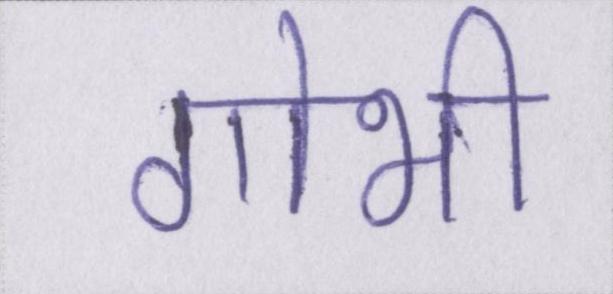
गोभी